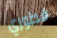
فطوري